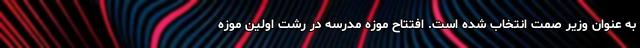
به عنوان وزیر صمت انتخاب شده است. افتتاح موزه مدرسه در رشت اولین موزه